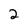
Character: 2